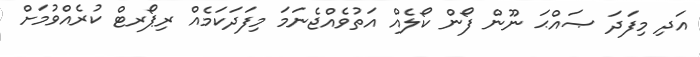
އަދި މިފަދަ ޞައްޙަ ނޫން ފޯން ކޯލެއް އަތުވެއްޖެނަމަ މިފަދަކަމެއް ރިޕޯރޓް ކުރެއްވުމަށް